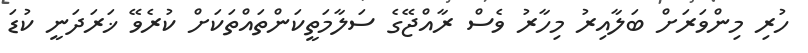
ހުރި މިންވަރަށް ބަލާއިރު މިހާރު ވެސް ރާއްޖޭގެ ސަލާމަތީކަންތައްތަކަށް ކުރެވޭ ޚަރަދަނީ ކުޑަ